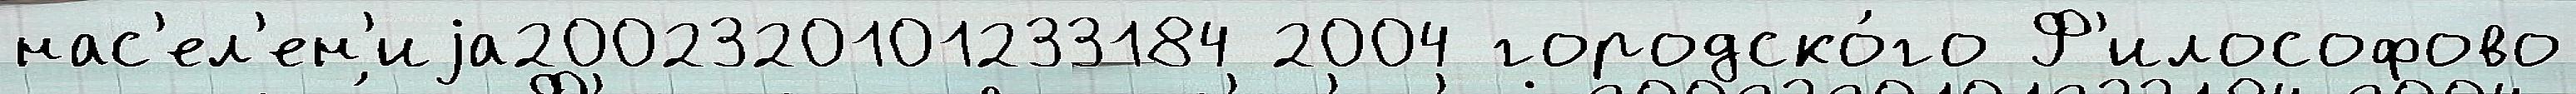
нас'ел'ен'иjа2002320101233184 2004 городско́го Ф'илософово